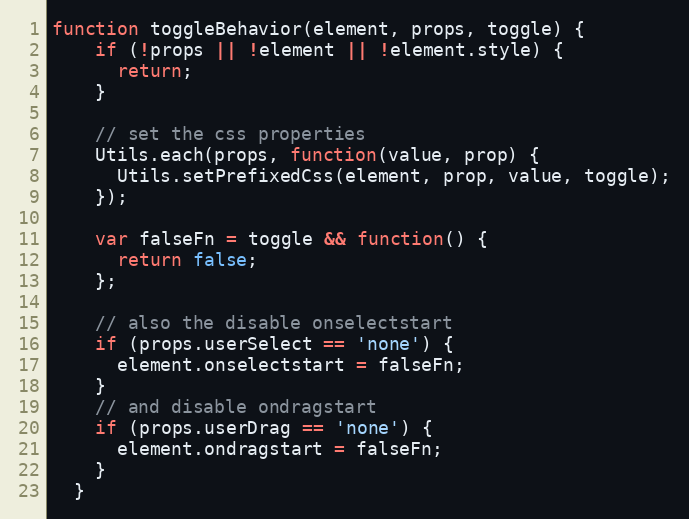
Language: JavaScript
function toggleBehavior(element, props, toggle) {
    if (!props || !element || !element.style) {
      return;
    }

    // set the css properties
    Utils.each(props, function(value, prop) {
      Utils.setPrefixedCss(element, prop, value, toggle);
    });

    var falseFn = toggle && function() {
      return false;
    };

    // also the disable onselectstart
    if (props.userSelect == 'none') {
      element.onselectstart = falseFn;
    }
    // and disable ondragstart
    if (props.userDrag == 'none') {
      element.ondragstart = falseFn;
    }
  }